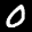
Label: 0